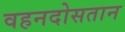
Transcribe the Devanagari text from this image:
वहनदोसतान